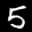
Label: 5